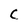
Character: C